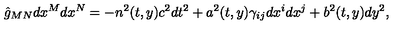
\hat { g } _ { M N } d x ^ { M } d x ^ { N } = - n ^ { 2 } ( t , y ) c ^ { 2 } d t ^ { 2 } + a ^ { 2 } ( t , y ) \gamma _ { i j } d x ^ { i } d x ^ { j } + b ^ { 2 } ( t , y ) d y ^ { 2 } ,